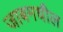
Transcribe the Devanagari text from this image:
जाबमधील